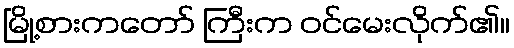
မြို့စားကတော် ကြီးက ဝင်မေးလိုက်၏။